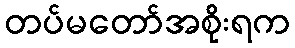
တပ်မတော်အစိုးရက